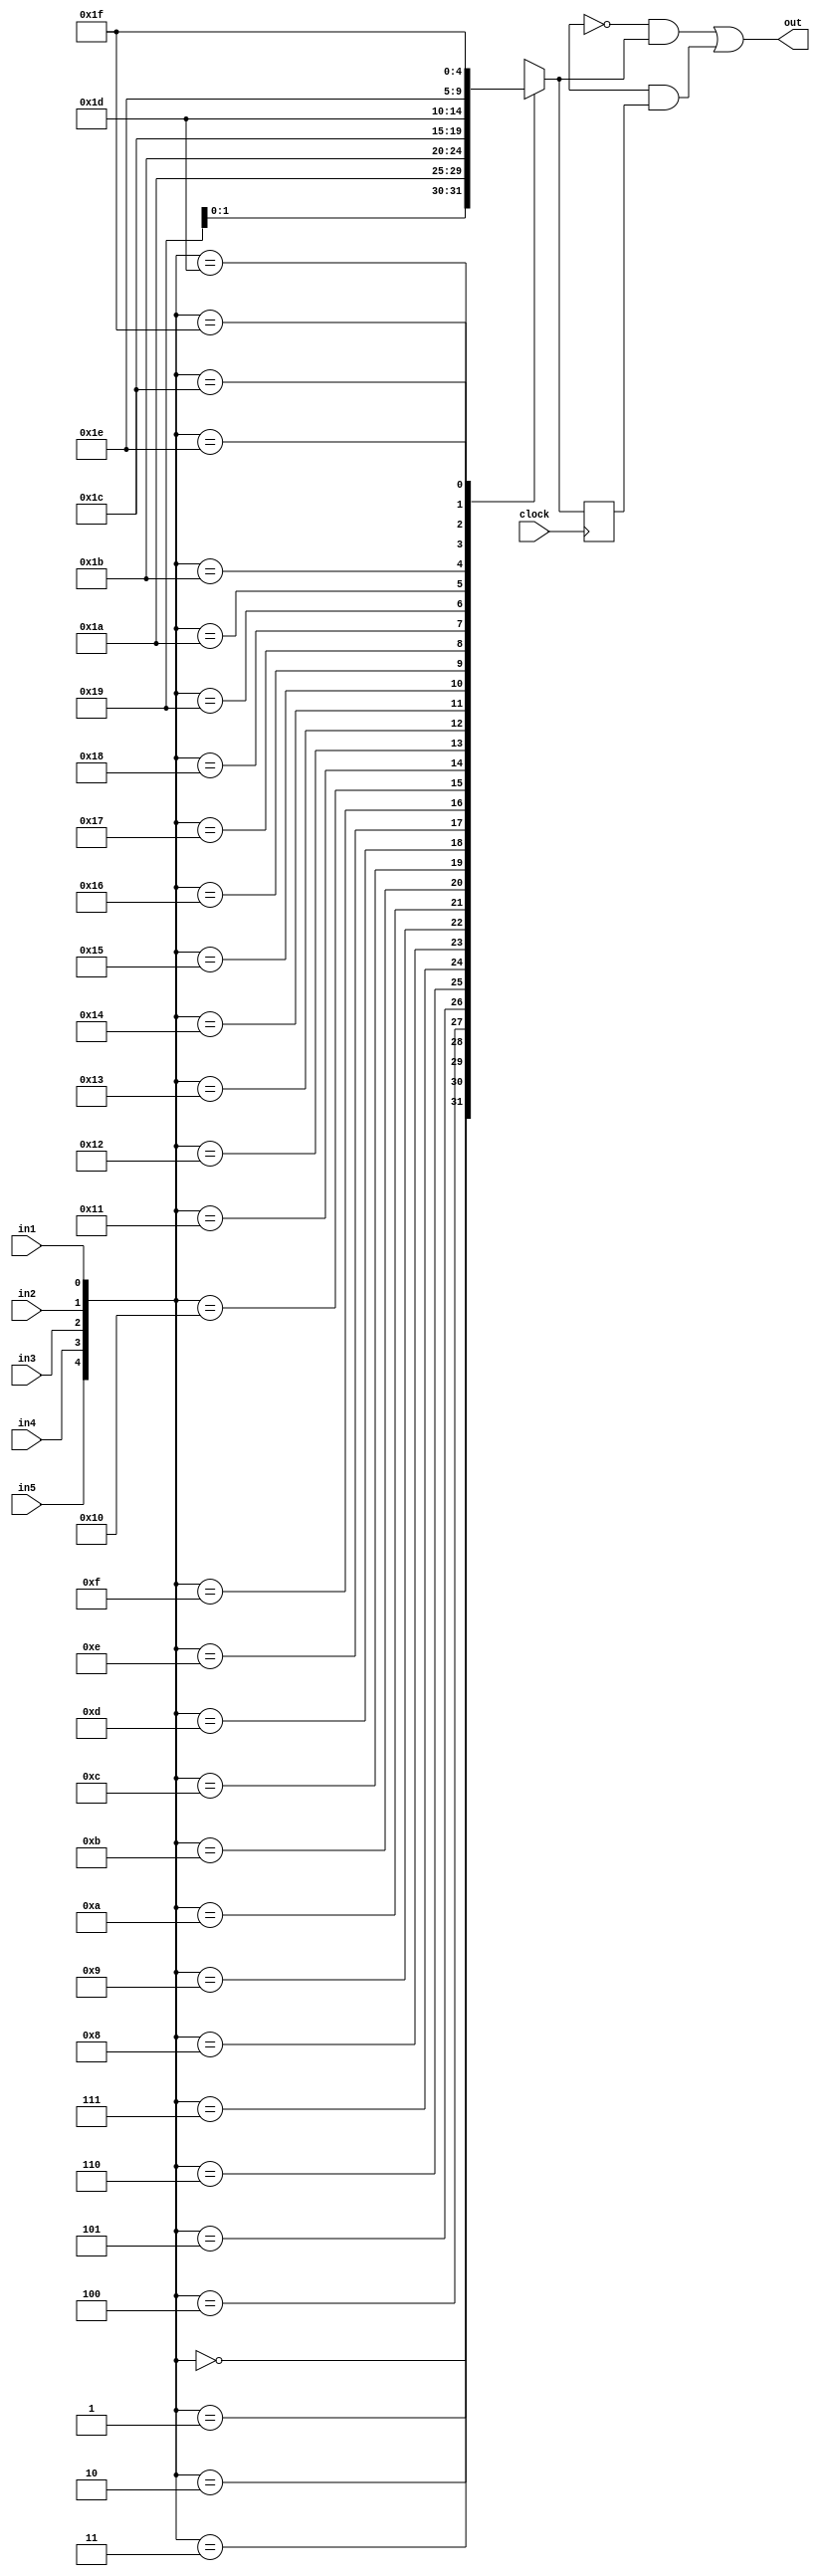
// Code your design here
module logic_tile(out, clock, in1, in2, in3, in4, in5);
  input clock, in1, in2, in3, in4, in5;
  output out;
  wire out;
  reg out1;
  wire out2;
  reg q, qbar;
  wire [32:0] mem;
  
  assign out2 = out1;
  
  always @(*) 
    begin
      case ({in5,in4,in3,in2,in1})
        5'b00000: out1=mem[0];
        5'b00001: out1=mem[1];
        5'b00010: out1=mem[2];
        5'b00011: out1=mem[3];
        5'b00100: out1=mem[4];
        5'b00101: out1=mem[5];
        5'b00110: out1=mem[6];
        5'b00111: out1=mem[7];
        5'b01000: out1=mem[8];
        5'b01001: out1=mem[9];
        5'b01010: out1=mem[10];
        5'b01011: out1=mem[11];
        5'b01100: out1=mem[12];
        5'b01101: out1=mem[13];
        5'b01110: out1=mem[14];
        5'b01111: out1=mem[15];
        5'b10000: out1=mem[16];
        5'b10001: out1=mem[17];
        5'b10010: out1=mem[18];
        5'b10011: out1=mem[19];
        5'b10100: out1=mem[20];
        5'b10101: out1=mem[21];
        5'b10110: out1=mem[22];
        5'b10111: out1=mem[23];
        5'b11000: out1=mem[24];
        5'b11001: out1=mem[25];
        5'b11010: out1=mem[26];
        5'b11011: out1=mem[27];
        5'b11100: out1=mem[28];
        5'b11101: out1=mem[29];
        5'b11110: out1=mem[30];
        5'b11111: out1=mem[31];
        //Default: out1=1'bx;
    endcase
  end
  
  initial
    begin
      q = 1'b0;
      qbar = 1'b1;
  end
  
  always @(posedge clock) begin
    q <= out2;
    qbar <= !out2;
  end
  
  
  assign out = ((~mem[32] & out1) | (mem[32] & q));
  
endmodule

module switch_box_4x4(out, in);
  input[3:0] in;
  output [3:0] out;
  wire [15:0] configure;
  wire [3:0] out;
  
  assign out[0] = ((configure[0] & in[0]) | (configure[1] & in[1]) |(configure[2] & in[2]) | (configure[3] & in[3]));
  assign out[1] = ((configure[4] & in[0]) | (configure[5] & in[1]) |(configure[6] & in[2]) | (configure[7] & in[3]));
  assign out[2] = ((configure[8] & in[0]) | (configure[9] & in[1]) |(configure[10] & in[2]) | (configure[11] & in[3]));
  assign out[3] = ((configure[12] & in[0]) | (configure[13] & in[1]) |(configure[14] & in[2]) | (configure[15] & in[3]));

endmodule

module shift_register(q7, q6, q5, q4, q3, q2, q1, q0, so, d7, d6, d5, d4, d3, d2, d1, d0, si, sh, shl, l, clock);
  
  input d7, d6, d5, d4, d3, d2, d1, d0, si, sh, shl, l, clock;
  output q7, q6, q5, q4, q3, q2, q1, q0, so;
  
  wire [3:0] sb71_out, sb61_out, sb51_out, sb41_out, sb31_out, sb21_out, sb11_out, sb01_out;
  
  wire [3:0] sb72_out, sb62_out, sb52_out, sb42_out, sb32_out, sb22_out, sb12_out, sb02_out;
  
  wire [3:0] sb1_out, sb2_out, sb3_out;
  
  wire lut71_out, lut72_out, lut61_out, lut62_out, lut51_out, lut52_out, lut41_out, lut42_out, lut31_out, lut32_out, lut21_out, lut22_out, lut11_out, lut12_out, lut01_out, lut02_out;
  
  //reg q7, q6, q5, q4, q3, q2, q1, q0, so;
  
  assign so = q0;
  
  switch_box_4x4 sb1(sb1_out, {d0, d1, d2, l});
  switch_box_4x4 sb2(sb2_out, {d3, d4, d5, shl});
  switch_box_4x4 sb3(sb3_out, {d6, d7, si, sh});
  
  switch_box_4x4 sb71(sb71_out, {q7, d7, si, q6});
  switch_box_4x4 sb72(sb72_out, {sb1_out[3], sb2_out[3], sb3_out[3], 1'b0}); 
  logic_tile lt71(lut71_out, clock, sb72_out[3], sb72_out[2], sb72_out[1], sb71_out[2], sb71_out[3]);
  logic_tile lt72(lut72_out, clock, sb72_out[3], sb72_out[2], sb72_out[1], sb71_out[0], sb71_out[1]);
  logic_tile lt73(q7, clock, sb72_out[3], sb72_out[2], sb72_out[1], lut72_out, lut71_out);
  
  switch_box_4x4 sb61(sb61_out, {q6, d6, q7, q5});
  switch_box_4x4 sb62(sb62_out, {sb1_out[3], sb2_out[3], sb3_out[3], 1'b0}); 
  logic_tile lt61(lut61_out, clock, sb62_out[3], sb62_out[2], sb62_out[1], sb61_out[2], sb61_out[3]);
  logic_tile lt62(lut62_out, clock,  sb62_out[3], sb62_out[2], sb62_out[1], sb61_out[0], sb61_out[1]);
  logic_tile lt63(q6, clock, sb62_out[3], sb62_out[2], sb62_out[1], lut62_out, lut61_out);
  
  switch_box_4x4 sb51(sb51_out, {q5, d5, q6, q4});
  switch_box_4x4 sb52(sb52_out, {sb1_out[2], sb2_out[2], sb3_out[2], q7}); 
  logic_tile lt51(lut51_out, clock, sb52_out[3], sb52_out[2], sb52_out[1], sb51_out[2], sb51_out[3]);
  logic_tile lt52(lut52_out, clock, sb52_out[3], sb52_out[2], sb52_out[1], sb51_out[0], sb51_out[1]);
  logic_tile lt53(q5, clock, sb52_out[3], sb52_out[2], sb52_out[1], lut52_out, lut51_out);
  
  switch_box_4x4 sb41(sb41_out, {q4, d4, q5, q3});
  switch_box_4x4 sb42(sb42_out, {sb1_out[2], sb2_out[2], sb3_out[2], q6});
  logic_tile lt41(lut41_out, clock, sb42_out[3], sb42_out[2], sb42_out[1], sb41_out[2], sb41_out[3]);
  logic_tile lt42(lut42_out, clock,  sb42_out[3], sb42_out[2], sb42_out[1], sb41_out[0], sb41_out[1]);
  logic_tile lt43(q4, clock, sb42_out[3], sb42_out[2], sb42_out[1], lut42_out, lut41_out);
  
  switch_box_4x4 sb31(sb31_out, {q3, d3, q4, q2});
  switch_box_4x4 sb32(sb32_out, {sb1_out[1], sb2_out[1], sb3_out[1], q5});
  logic_tile lt31(lut31_out, clock, sb32_out[3], sb32_out[2], sb32_out[1], sb31_out[2], sb31_out[3]);
  logic_tile lt32(lut32_out, clock,  sb32_out[3], sb32_out[2], sb32_out[1], sb31_out[0], sb31_out[1]);
  logic_tile lt33(q3, clock, sb32_out[3], sb32_out[2], sb32_out[1], lut32_out, lut31_out);
  
  switch_box_4x4 sb21(sb21_out, {q2, d2, q3, q1});
  switch_box_4x4 sb22(sb22_out, {sb1_out[1], sb2_out[1], sb3_out[1], q4});
  logic_tile lt21(lut21_out, clock,  sb22_out[3], sb22_out[2], sb22_out[1], sb21_out[2], sb21_out[3]);
  logic_tile lt22(lut22_out, clock,  sb22_out[3], sb22_out[2], sb22_out[1], sb21_out[0], sb21_out[1]);
  logic_tile lt23(q2, clock, sb22_out[3], sb22_out[2], sb22_out[1], lut22_out, lut21_out);
  
  switch_box_4x4 sb11(sb11_out, {q1, d1, q2, q0});
  switch_box_4x4 sb12(sb12_out, {sb1_out[0], sb2_out[0], sb3_out[0], q3});
  logic_tile lt11(lut11_out, clock, sb12_out[3], sb12_out[2], sb12_out[1], sb11_out[2], sb11_out[3]);
  logic_tile lt12(lut12_out, clock,  sb12_out[3], sb12_out[2], sb12_out[1], sb11_out[0], sb11_out[1]);
  logic_tile lt13(q1, clock, sb12_out[3], sb12_out[2], sb12_out[1], lut12_out, lut11_out);
  
  switch_box_4x4 sb01(sb01_out, {q0, d0, q1, 1'b0});
  switch_box_4x4 sb02(sb02_out, {sb1_out[0], sb2_out[0], sb3_out[0], q2});
  logic_tile lt01(lut01_out, clock, sb02_out[3], sb02_out[2], sb02_out[1], sb01_out[2], sb01_out[3]);
  logic_tile lt02(lut02_out, clock,  sb02_out[3], sb02_out[2], sb02_out[1], sb01_out[0], sb01_out[1]);
  logic_tile lt03(q0, clock, sb02_out[3], sb02_out[2], sb02_out[1], lut02_out, lut01_out);
  
endmodule